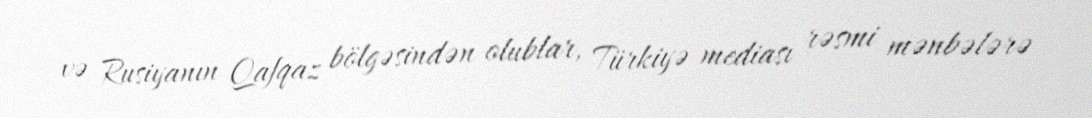
və Rusiyanın Qafqaz bölgəsindən olublar, Türkiyə mediası rəsmi mənbələrə